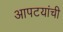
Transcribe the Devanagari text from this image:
आपटयांची